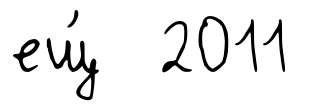
ещ́ 2011